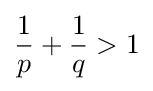
{\frac {1}{p}}+{\frac {1}{q}}>1